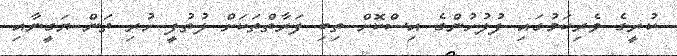
ކުރީގެ ވެރިކަމުގައި ފުލުހުންގެ އިސްކޮށް ތިބި ފަރާތްތަކަށް ލުތުފީ ހުރި ތަން ޔަގީނާއި